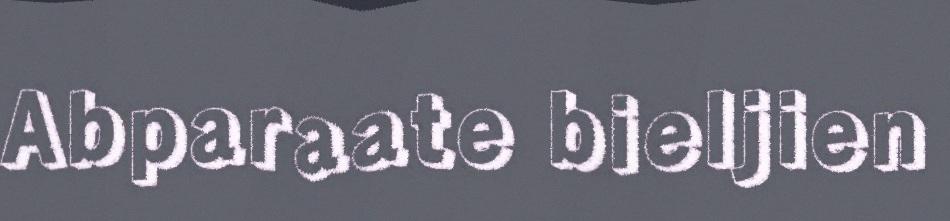
Abparaate bieljien